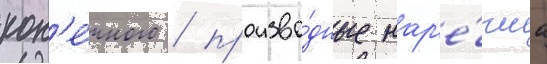
кон'е́чного / произво́дные нар'е́чиа